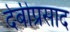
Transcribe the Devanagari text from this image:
देबीप्रसाद